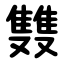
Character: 䨇